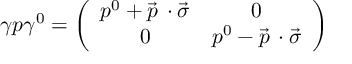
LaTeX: \gamma p \gamma ^ { 0 } = \left( \begin{array} { c c } { { p ^ { 0 } + \vec { p } \, \cdot \vec { \sigma } } } & { { 0 } } \\ { { 0 } } & { { p ^ { 0 } - \vec { p } \, \cdot \vec { \sigma } } } \end{array} \right)